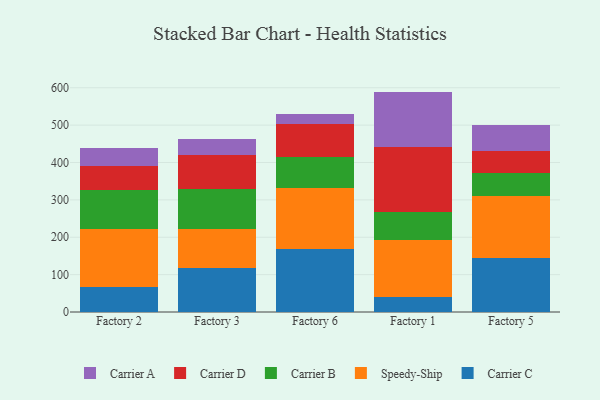
{"axis": {"x": "Factory", "y": "Satisfaction Score"}, "legend": ["Carrier A", "Carrier B", "Carrier C", "Carrier D", "Speedy-Ship"], "data": [{"x": "Factory 2", "y": 66.8, "type": "Carrier C"}, {"x": "Factory 2", "y": 155.5, "type": "Speedy-Ship"}, {"x": "Factory 2", "y": 102.8, "type": "Carrier B"}, {"x": "Factory 2", "y": 65.7, "type": "Carrier D"}, {"x": "Factory 2", "y": 48.3, "type": "Carrier A"}, {"x": "Factory 3", "y": 117.1, "type": "Carrier C"}, {"x": "Factory 3", "y": 103.9, "type": "Speedy-Ship"}, {"x": "Factory 3", "y": 109.2, "type": "Carrier B"}, {"x": "Factory 3", "y": 90.0, "type": "Carrier D"}, {"x": "Factory 3", "y": 42.3, "type": "Carrier A"}, {"x": "Factory 6", "y": 167.7, "type": "Carrier C"}, {"x": "Factory 6", "y": 163.6, "type": "Speedy-Ship"}, {"x": "Factory 6", "y": 82.9, "type": "Carrier B"}, {"x": "Factory 6", "y": 88.3, "type": "Carrier D"}, {"x": "Factory 6", "y": 26.7, "type": "Carrier A"}, {"x": "Factory 1", "y": 41.3, "type": "Carrier C"}, {"x": "Factory 1", "y": 151.1, "type": "Speedy-Ship"}, {"x": "Factory 1", "y": 73.9, "type": "Carrier B"}, {"x": "Factory 1", "y": 176.5, "type": "Carrier D"}, {"x": "Factory 1", "y": 146.9, "type": "Carrier A"}, {"x": "Factory 5", "y": 144.1, "type": "Carrier C"}, {"x": "Factory 5", "y": 167.4, "type": "Speedy-Ship"}, {"x": "Factory 5", "y": 60.6, "type": "Carrier B"}, {"x": "Factory 5", "y": 57.4, "type": "Carrier D"}, {"x": "Factory 5", "y": 70.8, "type": "Carrier A"}]}